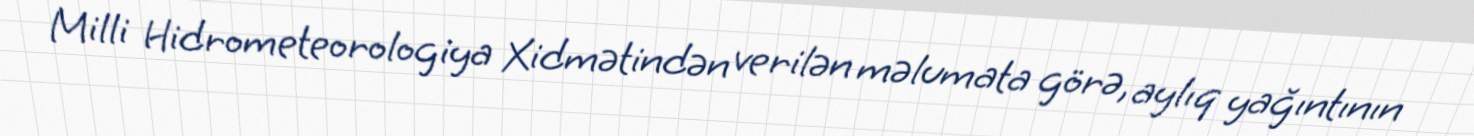
Milli Hidrometeorologiya Xidmətindən verilən məlumata görə, aylıq yağıntının